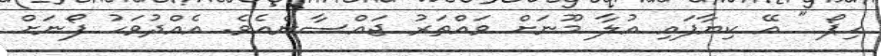
ހިޕޯ " އޭ ކިޔާފައި އުލާ މޫނަށް ވައްތަރު ޖައްސާނެއެވެ. އެއްދުވަހު ފޯނަށް